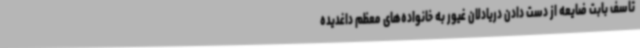
تاسف بابت ضایعه از دست دادن دریادلان غیور به خانواده‌های معظم داغدیده